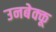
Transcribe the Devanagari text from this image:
उनबेक्कू